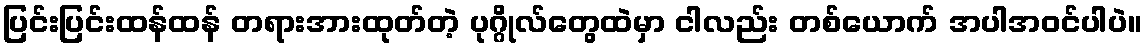
ပြင်းပြင်းထန်ထန် တရားအားထုတ်တဲ့ ပုဂ္ဂိုလ်တွေထဲမှာ ငါလည်း တစ်ယောက် အပါအဝင်ပါပဲ။